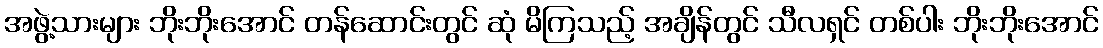
အဖွဲ့သားများ ဘိုးဘိုးအောင် တန်ဆောင်းတွင် ဆုံ မိကြသည့် အချိန်တွင် သီလရှင် တစ်ပါး ဘိုးဘိုးအောင်